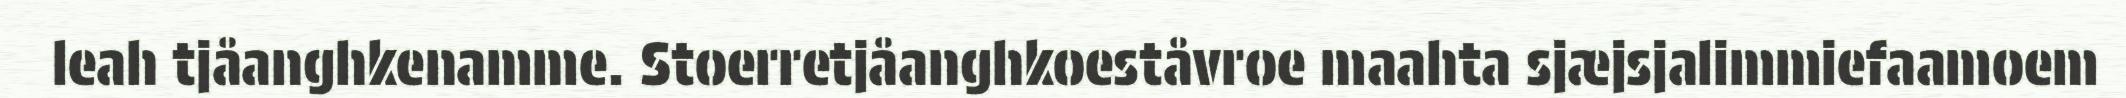
leah tjåanghkenamme. Stoerretjåanghkoeståvroe maahta sjæjsjalimmiefaamoem